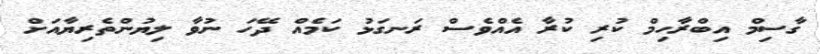
ގާސިމް އިބްރާހިމް ކުރި ކުރާ އެެއްވެސް ރަނގަޅު ކަމެއް ދޭހަ ނުވާ ލިޔުންތެރިޔާއަށް